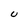
Character: U